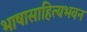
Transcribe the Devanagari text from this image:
भाषासाहित्यभवन